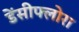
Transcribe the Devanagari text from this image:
डेंसीफ्लोरा